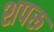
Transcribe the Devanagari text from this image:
शपरू